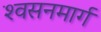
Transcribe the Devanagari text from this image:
श्‍वसनमार्ग